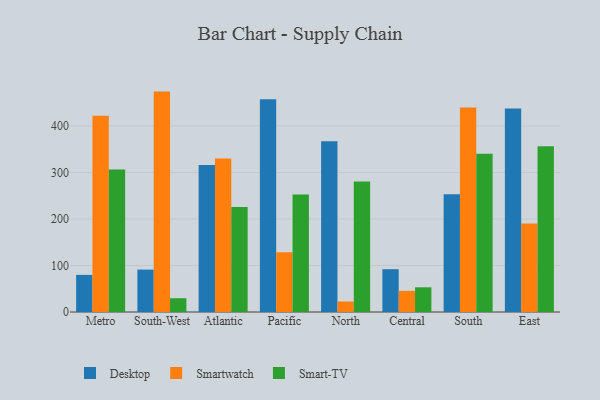
{"axis": {"x": "Region", "y": "Temperature (°C)"}, "legend": ["Desktop", "Smart-TV", "Smartwatch"], "data": [{"x": "Metro", "y": 79.8, "type": "Desktop"}, {"x": "Metro", "y": 422.1, "type": "Smartwatch"}, {"x": "Metro", "y": 306.6, "type": "Smart-TV"}, {"x": "South-West", "y": 91.2, "type": "Desktop"}, {"x": "South-West", "y": 473.9, "type": "Smartwatch"}, {"x": "South-West", "y": 29.6, "type": "Smart-TV"}, {"x": "Atlantic", "y": 315.9, "type": "Desktop"}, {"x": "Atlantic", "y": 330.3, "type": "Smartwatch"}, {"x": "Atlantic", "y": 225.9, "type": "Smart-TV"}, {"x": "Pacific", "y": 457.6, "type": "Desktop"}, {"x": "Pacific", "y": 128.7, "type": "Smartwatch"}, {"x": "Pacific", "y": 252.8, "type": "Smart-TV"}, {"x": "North", "y": 367.1, "type": "Desktop"}, {"x": "North", "y": 22.6, "type": "Smartwatch"}, {"x": "North", "y": 280.5, "type": "Smart-TV"}, {"x": "Central", "y": 92.0, "type": "Desktop"}, {"x": "Central", "y": 45.5, "type": "Smartwatch"}, {"x": "Central", "y": 53.1, "type": "Smart-TV"}, {"x": "South", "y": 253.4, "type": "Desktop"}, {"x": "South", "y": 439.8, "type": "Smartwatch"}, {"x": "South", "y": 340.4, "type": "Smart-TV"}, {"x": "East", "y": 437.6, "type": "Desktop"}, {"x": "East", "y": 190.1, "type": "Smartwatch"}, {"x": "East", "y": 356.5, "type": "Smart-TV"}]}